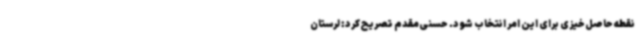
نقطه حاصل‌خیزی برای این امر انتخاب شود. حسنی‌مقدم تصریح کرد: لرستان